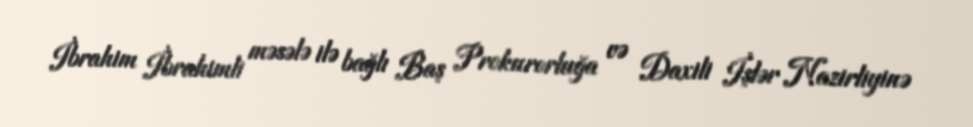
İbrahim İbrahimli məsələ ilə bağlı Baş Prokurorluğa və Daxili İşlər Nazirliyinə